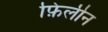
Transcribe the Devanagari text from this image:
फ़िलीन